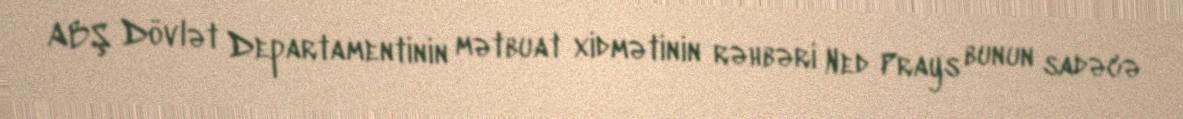
ABŞ Dövlət Departamentinin mətbuat xidmətinin rəhbəri Ned Prays bunun sadəcə